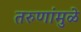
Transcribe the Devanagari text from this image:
तरुणांमुळे